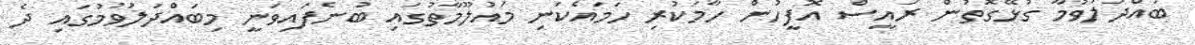
ބައްދަލުވުމާ ގުޅޭގޮތުން ރައީސް އޮފީހުން ހާމަކުރި ހަމައެކަނި މައުލޫމާތުގައި ބުނެފައިވަނީ މިބައްދަލުވުމުގައި ދެ